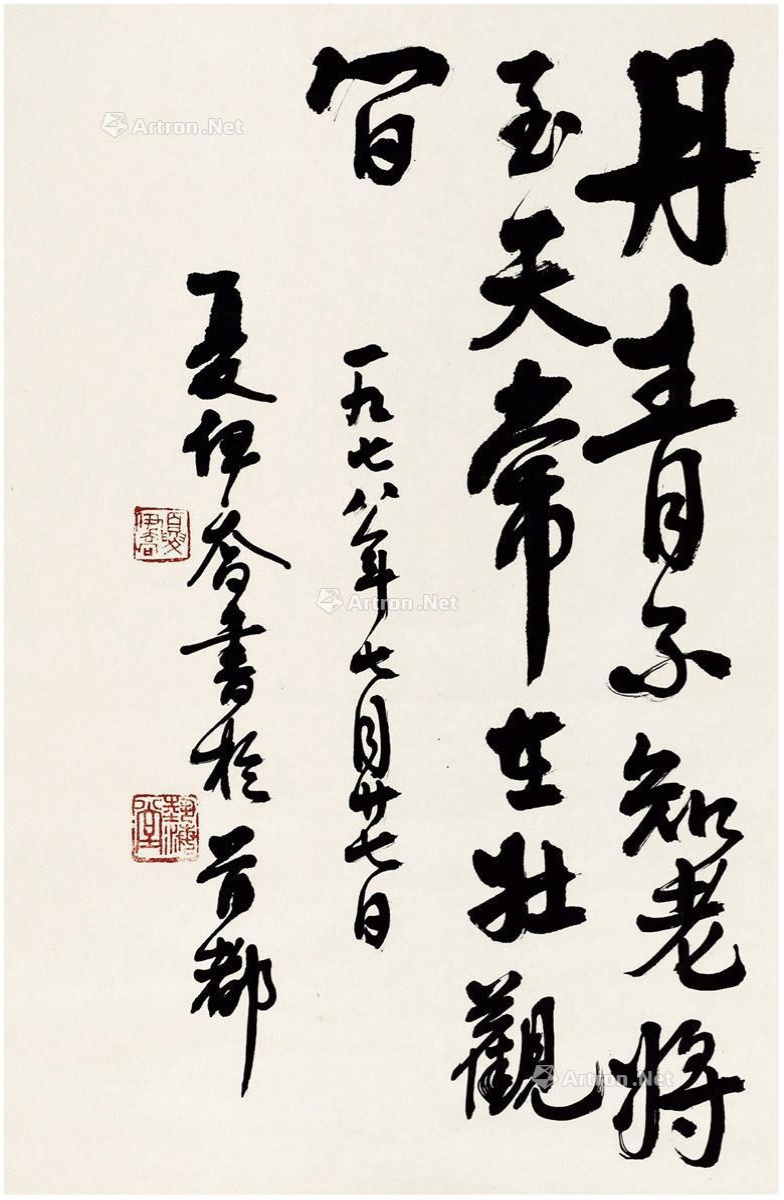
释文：丹青不知老将至，天常在壮观间。一九七八年七月廿七日，夏伊乔书于首都。